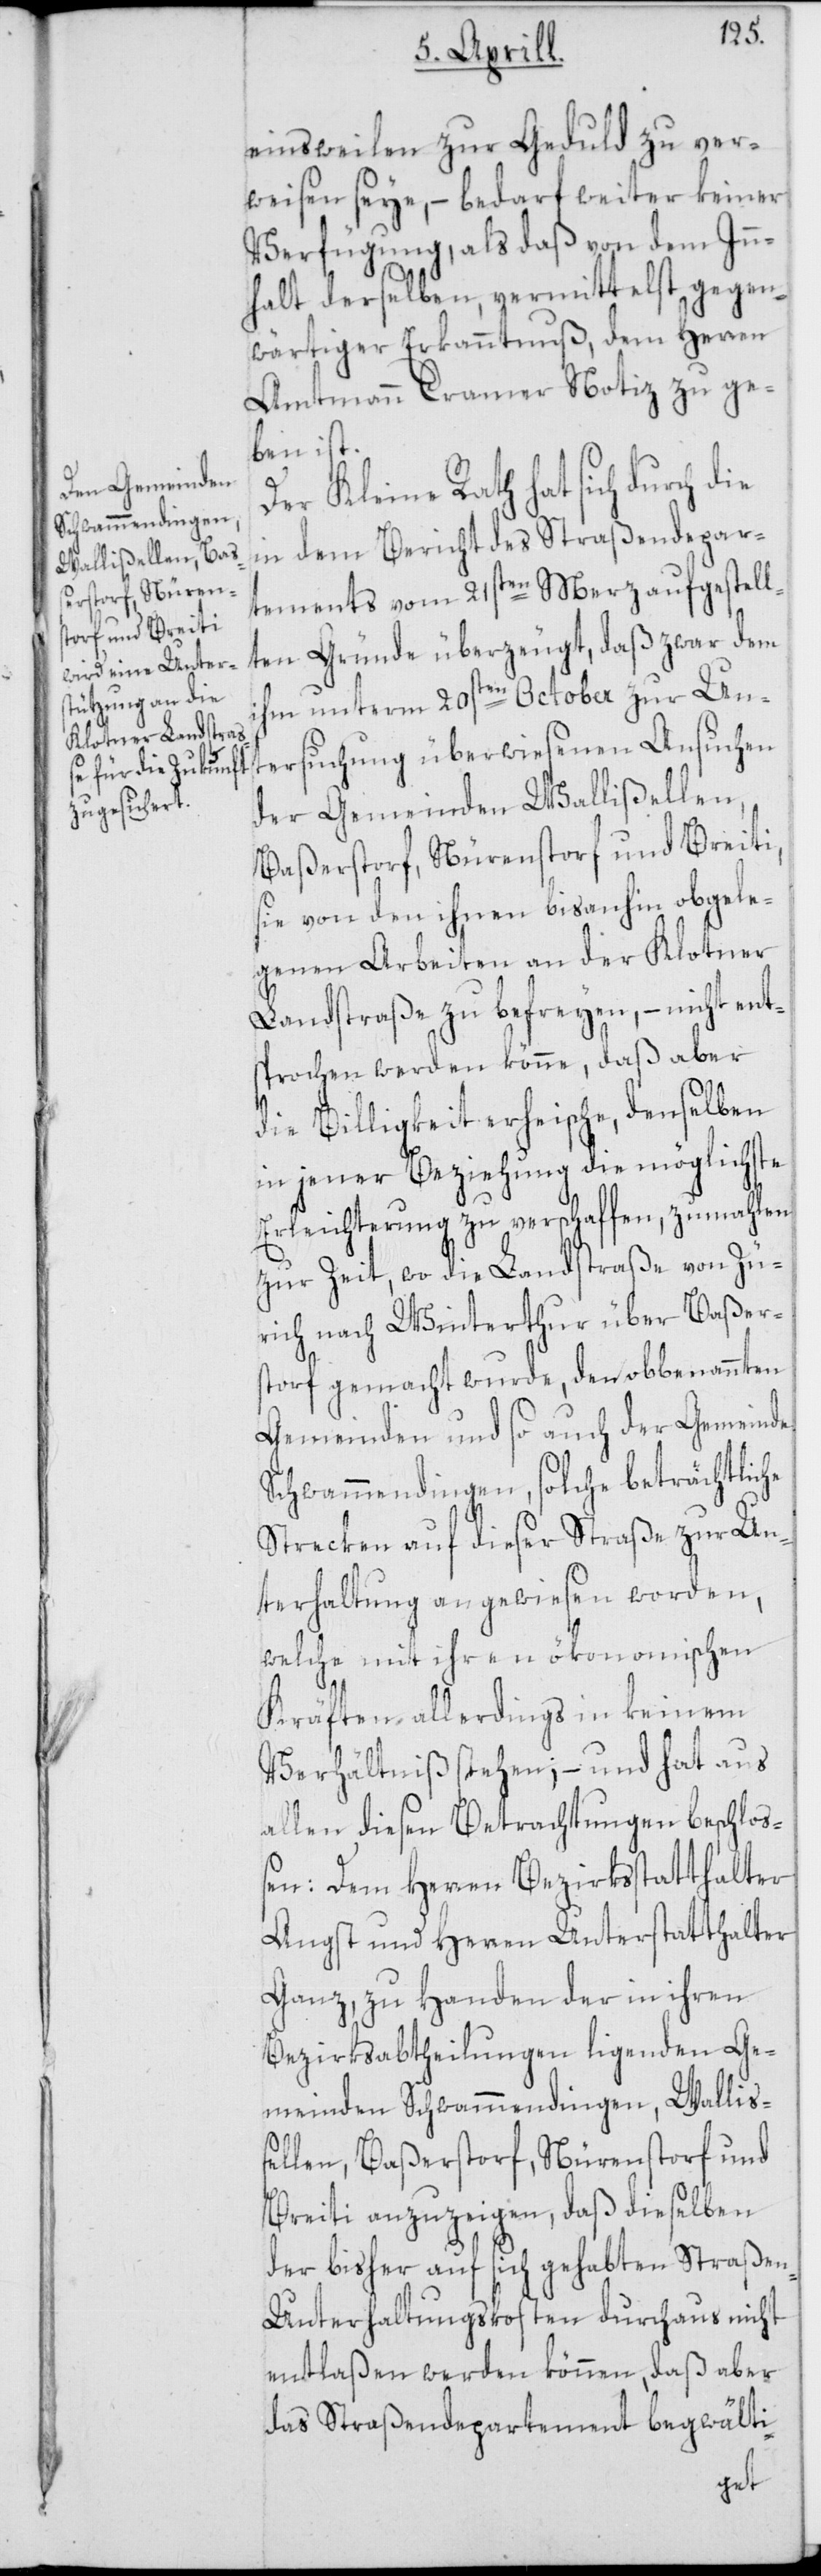
einsweilen zur Geduld zu ver¬
weisen seye, – bedarf weiter keiner
Verfügung, als daß von dem Inn¬
halt derselben, vermittelst gegen¬
wärtiger Erkanntnuß, dem Herren
Amtmann Cramer Notiz zu ge¬
ben ist.
Der Kleine Rath hat sich durch d¬
in dem Bericht des Straßendepar¬
tements vom 21sten Merz aufgestell¬
ten Gründe überzeugt, daß zwar dem
ihm unterm 20sten October zur Un¬
tersuchung
der Gemeinden Wallißellen,
Baßerstorf, Nürenstorf und Breiti,
sie von den ihnen bisanhin obgele¬
genen Arbeiten an der Klotner
Landstraße zu befreyen, – nicht ents¬
prochen werden könne, daß aber
die Billigkeit erheische, denselben
in jener Beziehung die möglichste
Erleichterung zu verschaffen, zumahlen
zur Zeit, wo die Landstraße von Zü¬
rich nach Winterthur über Baßer¬
storf gemacht wurde, den obbenannten
Gemeinden und so auch der Gemeinde
Schwammendingen, solche beträchtliche
Strecken auf dieser Straße zur Un¬
terhaltung angewiesen worden,
welche mit ihren ökonomischen
Kräften allerdings in keinem
Verhältniß stehen; – und hat aus
allen diesen Betrachtungen beschloß¬
en: Dem Herren Bezirksstatthalter
Angst und Herren Unterstatthalter
Ganz, zu Handen der in ihren
Bezirksabtheilungen ligenden Ge¬
meinden Schwammendingen, Walliß¬
ellen, Baßerstorf, Nürenstorf und
Breiti anzuzeigen, daß dieselben
der bisher auf sich gehabten Straße¬
n-Unterhaltungskosten durchaus nicht
entlaßen werden können, daß aber
das Straßendepartement begwälti-
ie